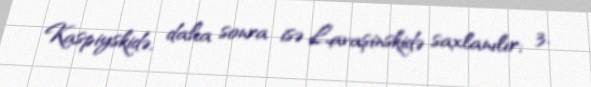
Kaspiyskidə, daha sonra isə Lavaşinskidə saxlanılır; 3.